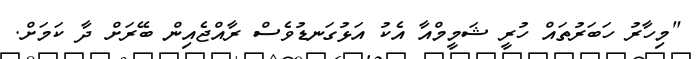
"މިހާރު ހަބަރުތައް ހުރީ ޝަމީމްއާ އެކު އަޅުގަނޑުވެސް ރާއްޖެއިން ބޭރަށް ދާ ކަމަށް.